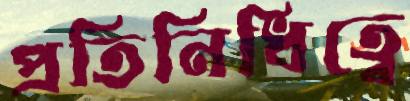
প্রতিনিধিত্বে